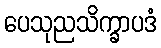
ပေသုညသိက္ခာပဒံ